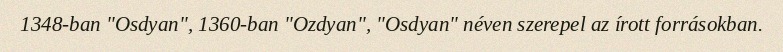
1348-ban "Osdyan", 1360-ban "Ozdyan", "Osdyan" néven szerepel az írott forrásokban.